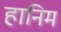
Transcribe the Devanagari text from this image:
हानिम